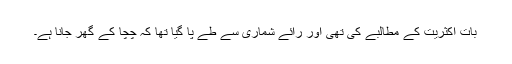
بات اکثریت کے مطالبے کی تھی اور رائے شماری سے طے پا گیا تھا کہ چچا کے گھر جانا ہے۔